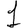
Digit: 1